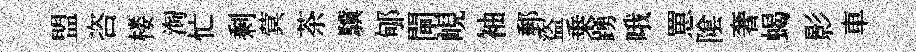
盟咨楼淘忙剩蓂茶驥郇閘峴袖郵盜乗踴哦罳隂奢蝎影車